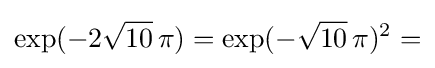
\exp(-2{\sqrt {10}}\,\pi )=\exp(-{\sqrt {10}}\,\pi )^{2}=